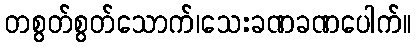
တစွတ်စွတ်သောက်၊သေးခဏခဏပေါက်။